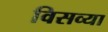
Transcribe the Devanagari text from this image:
विसव्या